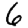
Digit: 6